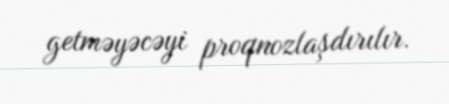
getməyəcəyi proqnozlaşdırılır.